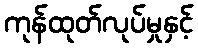
ကုန်ထုတ်လုပ်မှုနှင့်